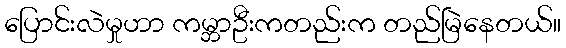
ပြောင်းလဲမှုဟာ ကမ္ဘာဦးကတည်းက တည်မြဲနေတယ်။